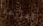
المزرعه